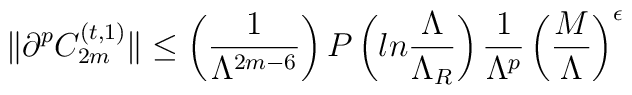
\|\partial^pC_{2m}^{(t,1)}\|\leq \left({1\over\Lambda^{2m-6}}\right)P\left(ln{\Lambda\over\Lambda_R}\right){1\over\Lambda^p}\left({M\over\Lambda}\right)^{\epsilon}